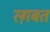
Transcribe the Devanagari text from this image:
रग़बत